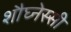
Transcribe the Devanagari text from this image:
शौघ्नेस्सी